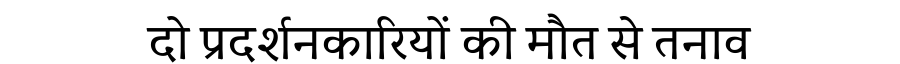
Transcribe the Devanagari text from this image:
दो प्रदर्शनकारियों की मौत से तनाव